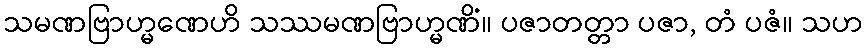
သမဏဗြာဟ္မဏေဟိ သဿမဏဗြာဟ္မဏိံ။ ပဇာတတ္တာ ပဇာ, တံ ပဇံ။ သဟ